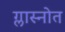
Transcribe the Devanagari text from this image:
ग्लास्नोत